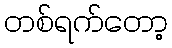
တစ်ရက်တော့